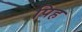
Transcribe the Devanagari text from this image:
पिह